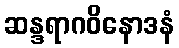
ဆန္ဒရာဂဝိနောဒနံ